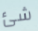
شئ